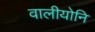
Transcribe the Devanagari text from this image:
वालीयोनि